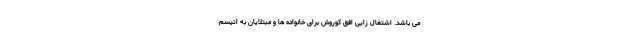
می باشد. اشتغال زایی افق کوروش برای خانواده ها و مبتلایان به اتیسم